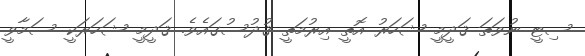
ސިޓީ ނުވަތަ ޤަދީމީ ޝަހަރު އޮތީ އިރުމަތީ ޤުދުސުގައެވެ. ޤަދީމީ ޝަހަރަކީ ސަމާވީ